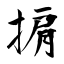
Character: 掮